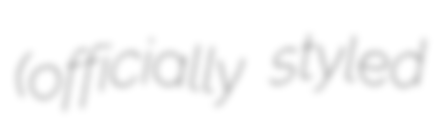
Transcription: (officially styled